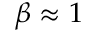
\beta \approx 1